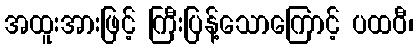
အထူးအားဖြင့် ကြီးပြန့်သောကြောင့် ပထဝီ၊